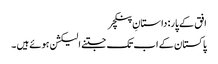
افق کے پار: داستانِ پنکچر
پاکستان کے اب تک جتنے الیکشن ہوئے ہیں ۔